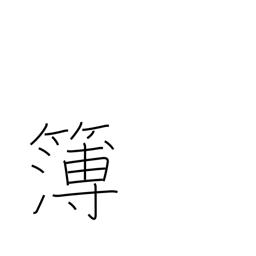
Meaning: record book